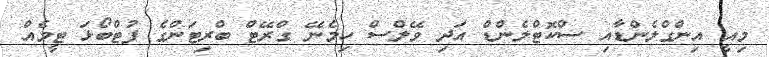
މިއީ އިންގްލެންޑާއި ސްކޮޓްލެންޑް އަދި ވޭލްސް ހިމެނޭ ގްރޭޓް ބްރިޓަންގެ ފުޓްބޯޅަ ޓީމެއް